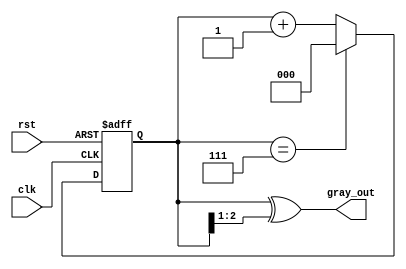
module gray_code_counter (
    input wire clk,       // Clock signal
    input wire rst,       // Asynchronous reset signal
    output reg [2:0] gray_out // 3-bit Gray code output
);

    reg [2:0] binary_count; // 3-bit binary counter

    // Asynchronous reset and binary counting
    always @(posedge clk or posedge rst) begin
        if (rst) begin
            binary_count <= 3'b000; // Reset binary counter to 0
        end else begin
            if (binary_count == 3'b111) begin
                binary_count <= 3'b000; // Wrap around when max value is reached
            end else begin
                binary_count <= binary_count + 1; // Increment binary counter
            end
        end
    end

    // Convert binary to Gray code
    always @(binary_count) begin
        gray_out <= binary_count ^ (binary_count >> 1); // Gray code conversion
    end

endmodule